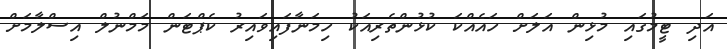
އަދި ޓީމުގައި މުޅިން އަލަށް ހައެއްކަ ކުޅުންތެރިއަކު ހިމަނާފައިވައިރު ކެޕްޓަން މަމްނުލް އިސްލާމަށް